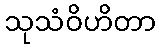
သုသံဝိဟိတာ